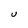
Character: U